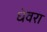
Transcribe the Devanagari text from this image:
धेवरा